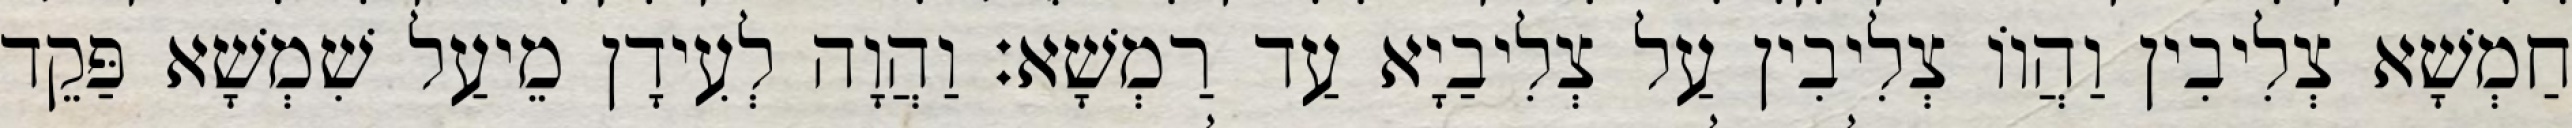
חַמְשָׁא צְלִיבִין וַהֲווֹ צְלִיבִין עַל צְלִיבַיָא עַד רַמְשָׁא׃ וַהֲוָה לְעִידָן מֵיעַל שִׁמְשָׁא פַּקֵד